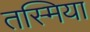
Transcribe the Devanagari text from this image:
तस्मिया